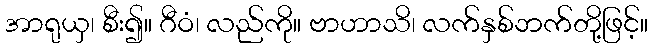
အာရုယှ၊ စီး၍။ ဂီဝံ၊ လည်ကို။ ဗာဟာသိ၊ လက်နှစ်ဘက်တို့ဖြင့်။